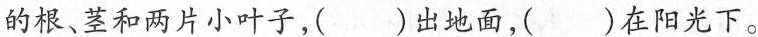
的根、茎和两片小叶子，()出地面，()在阳光下。